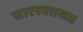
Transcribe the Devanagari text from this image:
सारस्वतसत्र